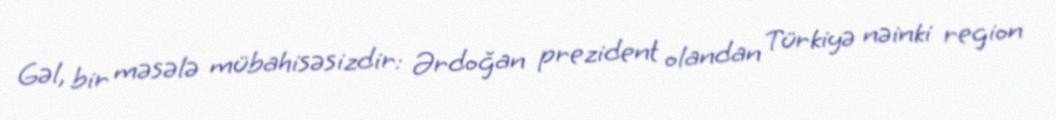
Gəl, bir məsələ mübahisəsizdir: Ərdoğan prezident olandan Türkiyə nəinki region